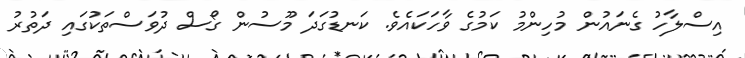
އިސްލާހު ގެނައުން މުހިންމު ކަމުގެ ވާހަކައެވެ. ކަނޑުގަދަ މޫސުން ގޯސް ދުވަސްތަކުގައި ދަތުރު